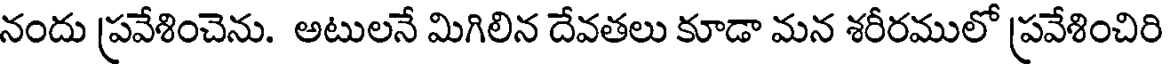
నందు ప్రవేశించెను. అటులనే మిగిలిన దేవతలు కూడా మన శరీరములో ప్రవేశించిరి